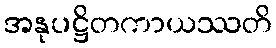
အနုပဋ္ဌိတကာယဿတိ